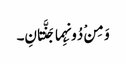
وَ مِنْ دُونِہِما جَنَّتانِ۔